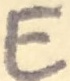
Text: E